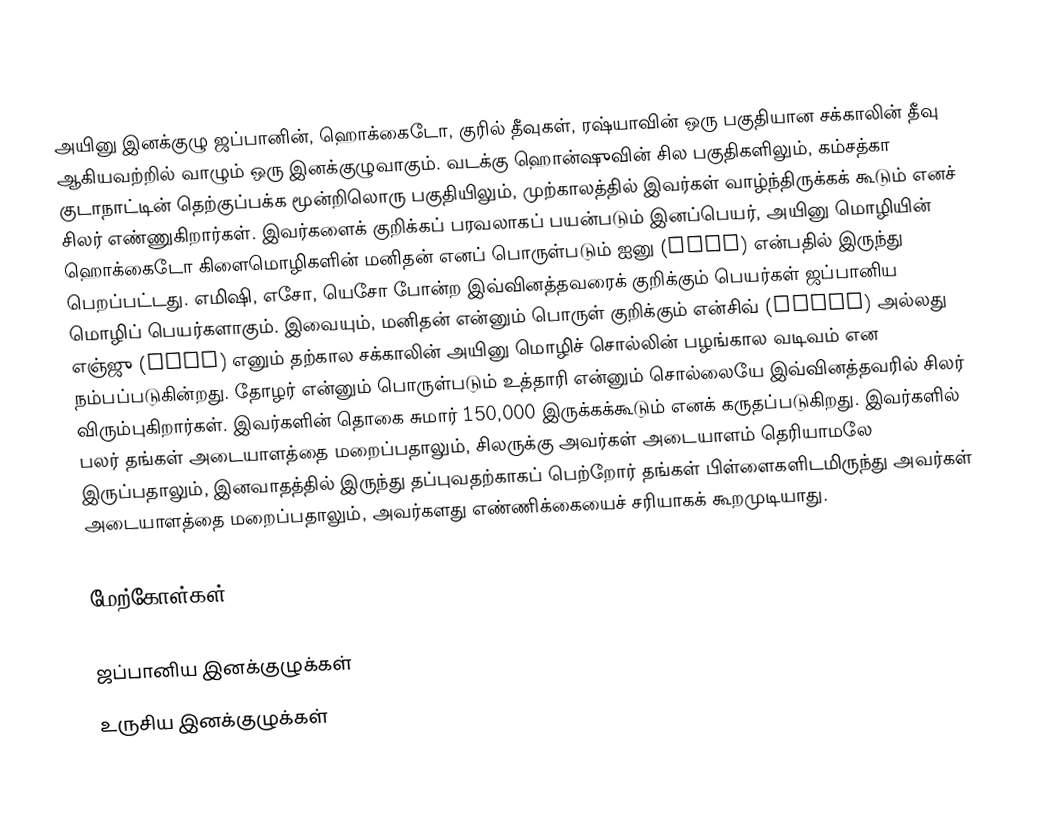
அயினு இனக்குழு ஜப்பானின், ஹொக்கைடோ, குரில் தீவுகள், ரஷ்யாவின் ஒரு பகுதியான சக்காலின் தீவு ஆகியவற்றில் வாழும் ஒரு இனக்குழுவாகும். வடக்கு ஹொன்ஷுவின் சில பகுதிகளிலும், கம்சத்கா குடாநாட்டின் தெற்குப்பக்க மூன்றிலொரு பகுதியிலும், முற்காலத்தில் இவர்கள் வாழ்ந்திருக்கக் கூடும் எனச் சிலர் எண்ணுகிறார்கள். இவர்களைக் குறிக்கப் பரவலாகப் பயன்படும் இனப்பெயர், அயினு மொழியின் ஹொக்கைடோ கிளைமொழிகளின் மனிதன் எனப் பொருள்படும் ஐனு (aynu) என்பதில் இருந்து பெறப்பட்டது. எமிஷி, எசோ, யெசோ போன்ற இவ்வினத்தவரைக் குறிக்கும் பெயர்கள் ஜப்பானிய மொழிப் பெயர்களாகும். இவையும், மனிதன் என்னும் பொருள் குறிக்கும் என்சிவ் (enciw) அல்லது எஞ்ஜு (enju) எனும் தற்கால சக்காலின் அயினு மொழிச் சொல்லின் பழங்கால வடிவம் என நம்பப்படுகின்றது. தோழர் என்னும் பொருள்படும் உத்தாரி என்னும் சொல்லையே இவ்வினத்தவரில் சிலர் விரும்புகிறார்கள். இவர்களின் தொகை சுமார் 150,000 இருக்கக்கூடும் எனக் கருதப்படுகிறது. இவர்களில் பலர் தங்கள் அடையாளத்தை மறைப்பதாலும், சிலருக்கு அவர்கள் அடையாளம் தெரியாமலே இருப்பதாலும், இனவாதத்தில் இருந்து தப்புவதற்காகப் பெற்றோர் தங்கள் பிள்ளைகளிடமிருந்து அவர்கள் அடையாளத்தை மறைப்பதாலும், அவர்களது எண்ணிக்கையைச் சரியாகக் கூறமுடியாது.

மேற்கோள்கள்

ஜப்பானிய இனக்குழுக்கள்
உருசிய இனக்குழுக்கள்